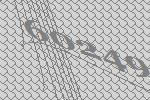
60249